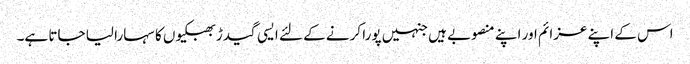
اس کے اپنے عزائم اور اپنے منصوبے ہیں جنہیں پورا کرنے کے لئے ایسی گیدڑ بھبکیوں کا سہارا لیا جاتا ہے۔